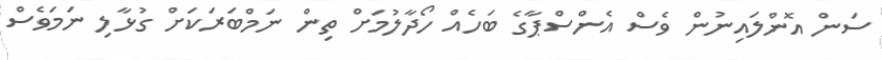
ސަން އޮންލައިނުން ވެސް އެންސްޕާގެ ބަހެއް ހޯދާލުމަށް ތިން ނަމްބަރަކަށް ގުޅާލި ނަމަވެސް